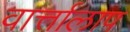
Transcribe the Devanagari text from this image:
वार्त्तालाप